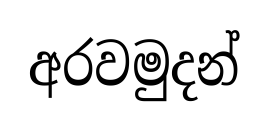
අරවමුදන්